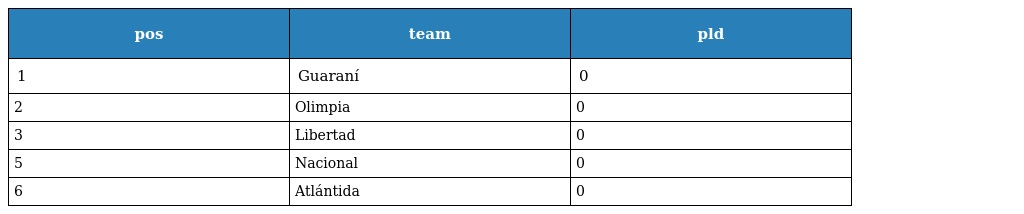
| pos | team | pld |
 | --- | --- | --- |
 | 1 | Guaraní | 0 |
 | 2 | Olimpia | 0 |
 | 3 | Libertad | 0 |
 | 5 | Nacional | 0 |
 | 6 | Atlántida | 0 |